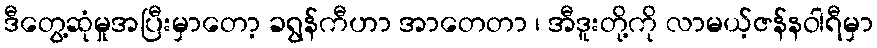
ဒီတွေ့ဆုံမှုအပြီးမှာတော့ ခရွန်ကီဟာ အာတေတာ ၊ အီဒူးတို့ကို လာမယ့်ဇန်နဝါရီမှာ